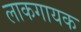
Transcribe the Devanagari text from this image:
लाकगायक